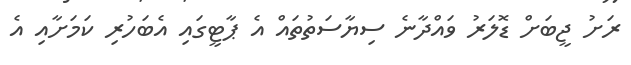
ރަށު ޖީބަށް ޑޮލަރު ވައްދާނެ ސިޔާސަތުތައް އެ ޕާޓީގައި އެބަހުރި ކަމަށާއި އެ